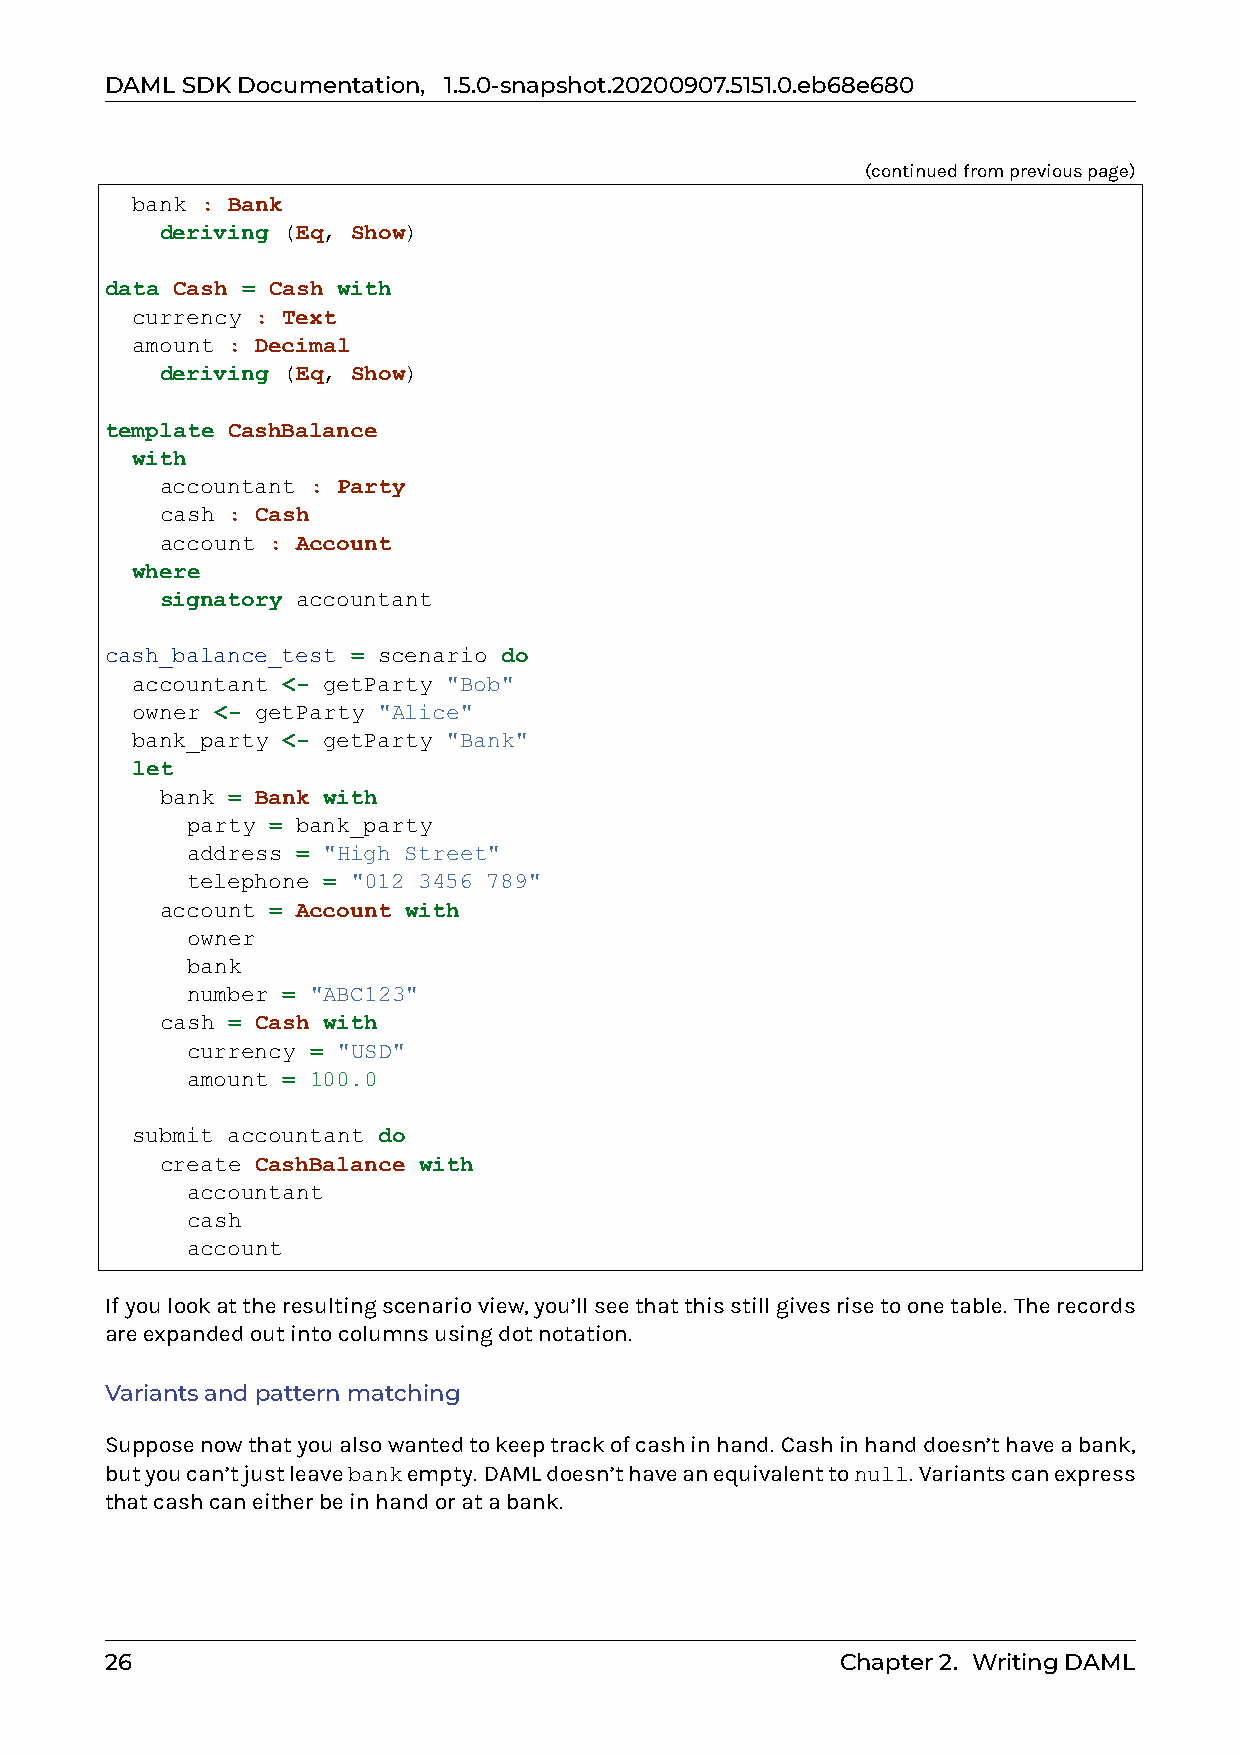
DAMLSDKDocumentation, 1.5.0-snapshot.20200907.5151.0.eb68e680
 (continuedfrompreviouspage)
 bank : Bank
 deriving (Eq, Show)
 data Cash = Cash with
 currency : Text
 amount : Decimal
 deriving (Eq, Show)
 template CashBalance
 with
 accountant : Party
 cash : Cash
 account : Account
 where
 signatory accountant
 cash_balance_test = scenario do
 accountant <- getParty "Bob"
 owner <- getParty "Alice"
 bank_party <- getParty "Bank"
 let
 bank = Bank with
 party = bank_party
 address = "High Street"
 telephone = "012 3456 789"
 account = Account with
 owner
 bank
 number = "ABC123"
 cash = Cash with
 currency = "USD"
 amount = 100.0
 submit accountant do
 create CashBalance with
 accountant
 cash
 account
 Ifyoulookattheresultingscenarioview,you’llseethatthisstillgivesrisetoonetable. Therecords
 areexpandedoutintocolumnsusingdotnotation.
 Variantsandpatternmatching
 Supposenowthatyoualsowantedtokeeptrackofcashinhand. Cashinhanddoesn’thaveabank,
 butyoucan’tjustleavebankempty. DAMLdoesn’thaveanequivalenttonull. Variantscanexpress
 thatcashcaneitherbeinhandoratabank.
 26                                               Chapter2. WritingDAML